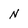
Character: N